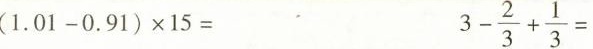
(1.01-0.91)×15= 3- \frac{2}{3}+ \frac{1}{3}=